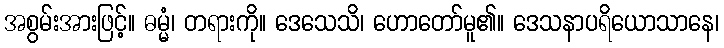
အစွမ်းအားဖြင့်။ ဓမ္မံ၊ တရားကို။ ဒေသေသိ၊ ဟောတော်မူ၏။ ဒေသနာပရိယောသာနေ၊